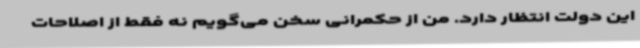
این دولت انتظار دارد. من از حکمرانی سخن می‌گویم نه فقط از اصلاحات